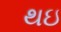
થઇ